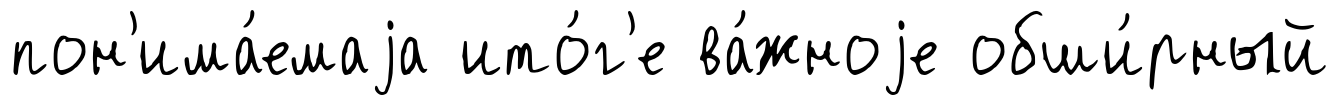
пон'има́емаjа ито́г'е ва́жноjе обши́рный